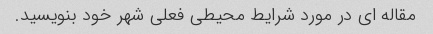
مقاله ای در مورد شرایط محیطی فعلی شهر خود بنویسید.